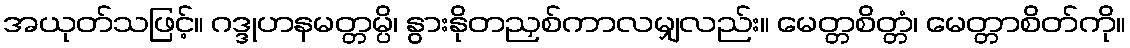
အယုတ်သဖြင့်။ ဂဒ္ဒုဟနမတ္တမ္ပိ၊ နွားနိုတညှစ်ကာလမျှလည်း။ မေတ္တစိတ္တံ၊ မေတ္တာစိတ်ကို။